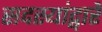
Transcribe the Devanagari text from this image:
सदस्यांद्वारे